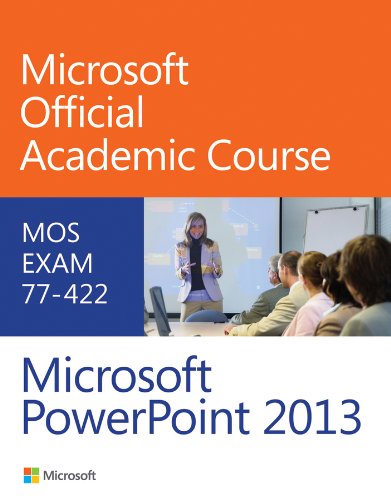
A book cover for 77-422 Microsoft PowerPoint 2013; Microsoft Official Academic Course; Computers & Technology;